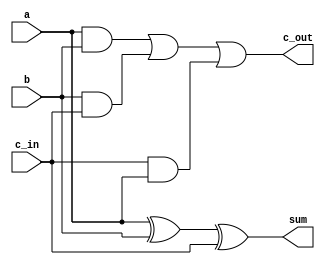

//////////////////////////////////////////////////////////////////////////////////
// Company: 
// Engineer: 
// 
// Design Name: 
// Module Name: adderfull
// Project Name: 
// Target Devices: 
// Tool Versions: 
// Description: 
// 
// Dependencies: 
// 
// Revision:
// Revision 0.01 - File Created
// Additional Comments:
// 
//////////////////////////////////////////////////////////////////////////////////


module adderfull(a,b,c_in,sum,c_out);
input a,b,c_in;
output sum,c_out;
assign sum=a^b^c_in;
assign c_out=(a&b)|(b&c_in)|(c_in&a);




   
endmodule